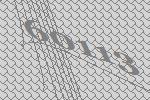
60113